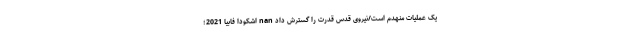
یک عملیات منهدم است/نیروی قدس قدرت را گسترش داد nan اشکودا فابیا 2021؛